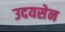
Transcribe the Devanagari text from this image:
उदयसेन